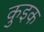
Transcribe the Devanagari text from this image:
कुइक